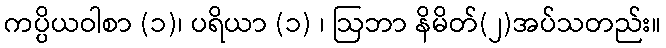
ကပ္ပိယဝါစာ (၁)၊ ပရိယာ (၁) ၊ ဩဘာ နိမိတ်(၂)အပ်သတည်း။